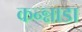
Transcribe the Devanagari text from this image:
कन्न्नाडा